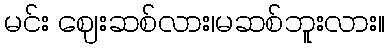
မင်း ဈေးဆစ်လား၊မဆစ်ဘူးလား။